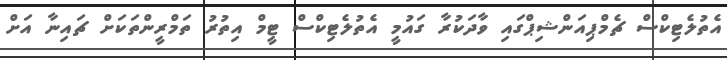
އެތުލެޓިކްސް ޗެމްޕިއަންޝިޕްގައި ވާދަކުރާ ގައުމީ އެތުލެޓިކްސް ޓީމް އިތުރު ތަމްރީންތަކަށް ޗައިނާ އަށް